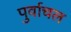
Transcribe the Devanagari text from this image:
पुर्वाचल